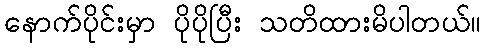
နောက်ပိုင်းမှာ ပိုပိုပြီး သတိထားမိပါတယ်။